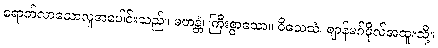
ရောက်လာသောလူအပေါင်းသည်။ မဟန္တံ၊ ကြီးစွာသော။ ဝိသေသံ၊ ဈာန်မဂ်ဖိုလ်အထူးသို့။